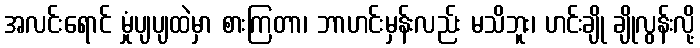
အလင်းရောင် မှုံပျပျထဲမှာ စားကြတာ၊ ဘာဟင်းမှန်းလည်း မသိဘူး၊ ဟင်းချို ချိုလွန်းလို့